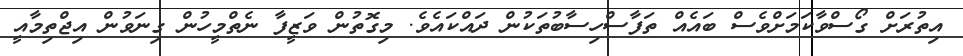
އިތުރަށް ގޯސްވާކަމަށްވެސް ބައެއް ތަފާސްހިސާބުތަކުން ދައްކައެވެ. މިގޮތުން ވަޒީފާ ނެތްމީހުން ގިނަވުން އިޖްތިމާއީ